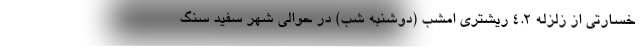
خسارتی از زلزله ۴.۲ ریشتری امشب (دوشنبه شب) در حوالی شهر سفید سنگ